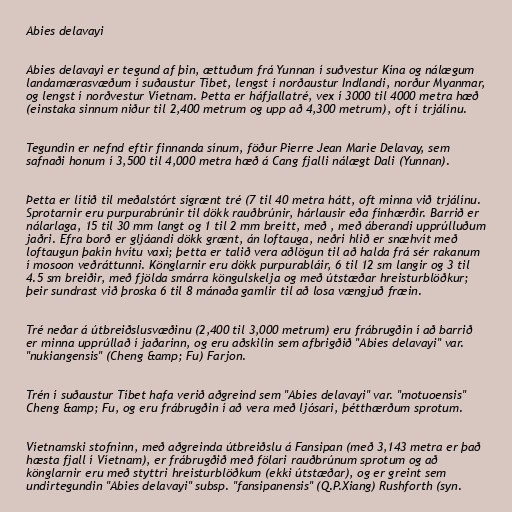
Abies delavayi

Abies delavayi er tegund af þin, ættuðum frá Yunnan í suðvestur Kína og nálægum
landamærasvæðum í suðaustur Tíbet, lengst í norðaustur Indlandi, norður Myanmar,
og lengst í norðvestur Víetnam. Þetta er háfjallatré, vex í 3000 til 4000 metra hæð
(einstaka sinnum niður til 2,400 metrum og upp að 4,300 metrum), oft í trjálínu.

Tegundin er nefnd eftir finnanda sínum, föður Pierre Jean Marie Delavay, sem
safnaði honum í 3,500 til 4,000 metra hæð á Cang fjalli nálægt Dali (Yunnan).

Þetta er lítið til meðalstórt sígrænt tré (7 til 40 metra hátt, oft minna við trjálínu.
Sprotarnir eru purpurabrúnir til dökk rauðbrúnir, hárlausir eða fínhærðir. Barrið er
nálarlaga, 15 til 30 mm langt og 1 til 2 mm breitt, með , með áberandi upprúlluðum
jaðri. Efra borð er gljáandi dökk grænt, án loftauga, neðri hlið er snæhvít með
loftaugun þakin hvítu vaxi; þetta er talið vera aðlögun til að halda frá sér rakanum
í mosoon veðráttunni. Könglarnir eru dökk purpurabláir, 6 til 12 sm langir og 3 til
4.5 sm breiðir, með fjölda smárra köngulskelja og með útstæðar hreisturblöðkur;
þeir sundrast við þroska 6 til 8 mánaða gamlir til að losa vængjuð fræin.

Tré neðar á útbreiðslusvæðinu (2,400 til 3,000 metrum) eru frábrugðin í að barrið
er minna upprúllað í jaðarinn, og eru aðskilin sem afbrigðið "Abies delavayi" var.
"nukiangensis" (Cheng &amp; Fu) Farjon.

Trén í suðaustur Tíbet hafa verið aðgreind sem "Abies delavayi" var. "motuoensis"
Cheng &amp; Fu, og eru frábrugðin í að vera með ljósari, þétthærðum sprotum.

Víetnamski stofninn, með aðgreinda útbreiðslu á Fansipan (með 3,143 metra er það
hæsta fjall í Víetnam), er frábrugðið með fölari rauðbrúnum sprotum og að
könglarnir eru með styttri hreisturblöðkum (ekki útstæðar), og er greint sem
undirtegundin "Abies delavayi" subsp. "fansipanensis" (Q.P.Xiang) Rushforth (syn.